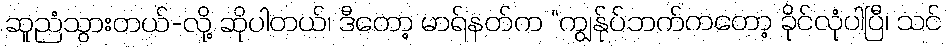
ဆူညံသွားတယ်-လို့ ဆိုပါတယ်၊ ဒီတော့ မာရ်နတ်က “ကျွန်ုပ်ဘက်ကတော့ ခိုင်လုံပါပြီ၊ သင်